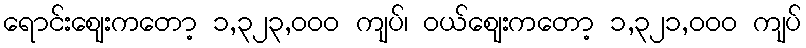
ရောင်းဈေးကတော့ ၁,၃၂၃,၀၀၀ ကျပ်၊ ဝယ်ဈေးကတော့ ၁,၃၂၁,၀၀၀ ကျပ်